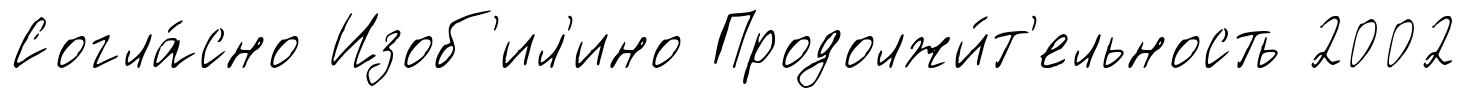
Согла́сно Изоб'ил'ино Продолжи́т'ельность 2002